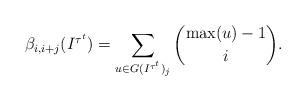
LaTeX: \begin{align*}\beta_{i, i+j}(I^{\tau^t})=\sum_{u \in G(I^{\tau^t})_j} \binom{\max(u)-1}{i}.\end{align*}